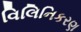
વિલિનિકરણ